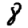
Digit: 8